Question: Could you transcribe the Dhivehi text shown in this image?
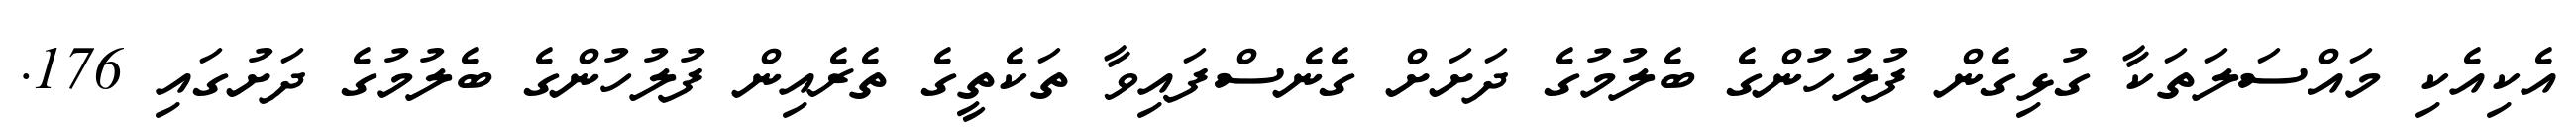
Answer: އެކިއެކި މައްސަލަތަކާ ގުޅިގެން ފުލުހުންގެ ބެލުމުގެ ދަށަށް ގެނެސްފައިވާ ތަކެތީގެ ތެރެއިން ފުލުހުންގެ ބެލުމުގެ ދަށުގައި 176.